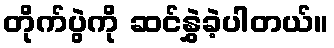
တိုက်ပွဲကို ဆင်နွှဲခဲ့ပါတယ်။